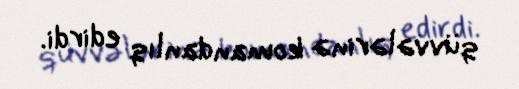
qüvvələrinə komandanlıq edirdi.